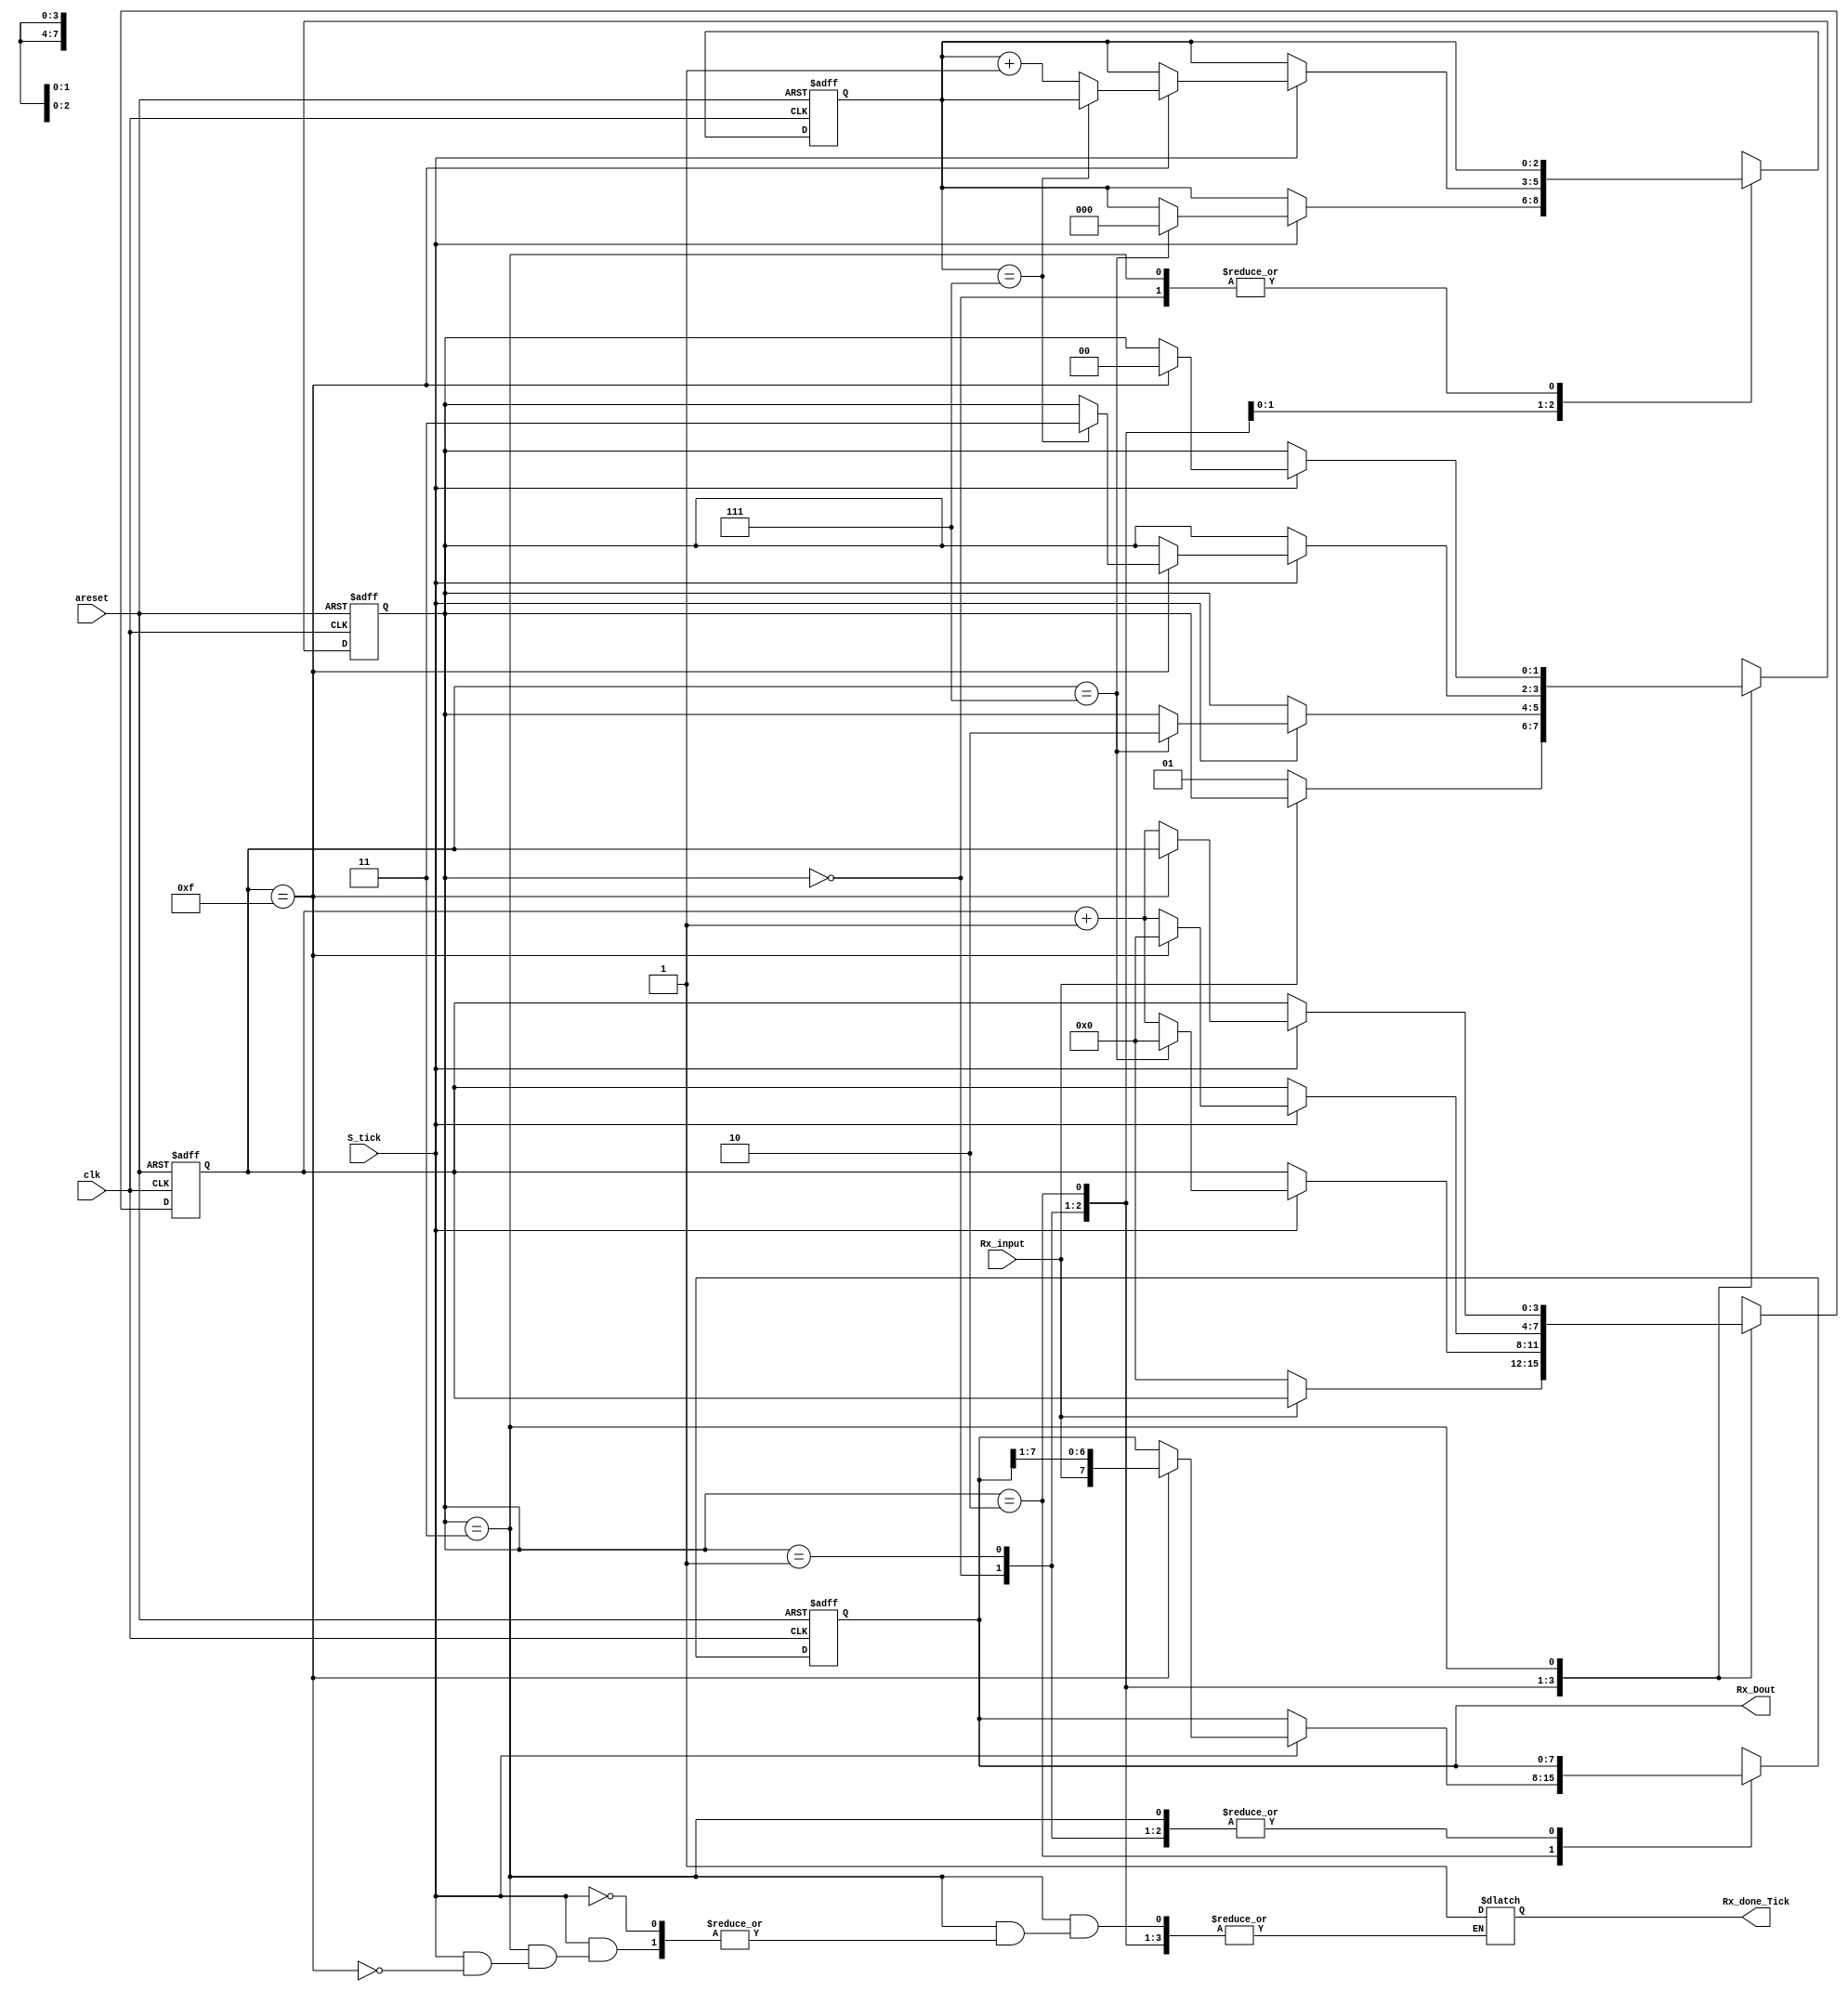
module UART_Rx
#(parameter DBits = 8,                //data bits
            SB_Ticks = 16             // stop bits
)
(
input clk,
input areset,
input Rx_input,
input S_tick,
output [DBits-1:0] Rx_Dout,
output reg Rx_done_Tick	
);

localparam idle = 0, start = 1 , 
            data = 2 , stop = 3 ;

reg [1:0]state_reg,state_next;                    //need 2 bits as there are 4 states
reg [3:0]s_reg,s_next;                            //keep tracking of no of ticks (16 tick)
reg [$clog2(DBits)-1:0]n_reg,n_next;              //Keep tracking of no of shifted bits
reg [DBits-1:0]b_reg,b_next;                      //Shift register to store the data 

always @(posedge clk or negedge areset)
begin 
          if(~areset)
                   begin
                       state_reg <= idle;
                       s_reg <= 0;
                       n_reg <= 0;
                       b_reg <= 0; 
                   end
           else
                   begin
                     state_reg <=  state_next ;
                     s_reg <= s_next ;
                     n_reg <= n_next ;
                     b_reg <= b_next ; 
                   end
end

always @(*)
begin
          state_next =  state_reg ;
          s_next = s_reg ;
          n_next = n_reg ;
          b_next = b_reg ; 
          case (state_reg)
                         idle :
                               begin
                              if(~Rx_input) 
                               begin
                                s_next = 0;
                                state_next = start;
                               end
                                end
                          start :
                               begin
                               if(S_tick)
                                begin
                                 if(s_reg == 7)
                                  begin 
                                   s_next = 0;
                                   n_next = 0;
                                   state_next = data;
                                  end
                                  else
                                   s_next = s_reg +1;
                                end
                                end
                           data : 
                               begin
                                 if(S_tick)
                                  begin
                                   if(s_reg == 15)
                                     begin
                                     s_next = 0;
                                     b_next = {Rx_input , b_reg[DBits-1:1]};
                                     if(n_reg == DBits-1)
                                      state_next = stop;
                                     else 
                                      n_next = n_reg +1;
                                     end
                                    else
                                      s_next = s_reg +1 ;
                                  end
                                end
                            stop :
                               begin
                                   if(S_tick == 1)
                                      begin
                                         if(s_reg == SB_Ticks - 1)
                                             begin
                                           Rx_done_Tick = 1; 
                                           state_next = idle ;
                                             end
                                          else 
                                            s_next = s_reg +1;
                                       end
                                end
                            default : 
                                      state_next = idle ;
endcase 
end

                                       assign Rx_Dout = b_reg ;


endmodule